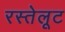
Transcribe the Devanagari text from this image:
रस्तेलूट